King Institute of Preventive Medicine Micro-Biological Section reports 1909-11
Year: 1909
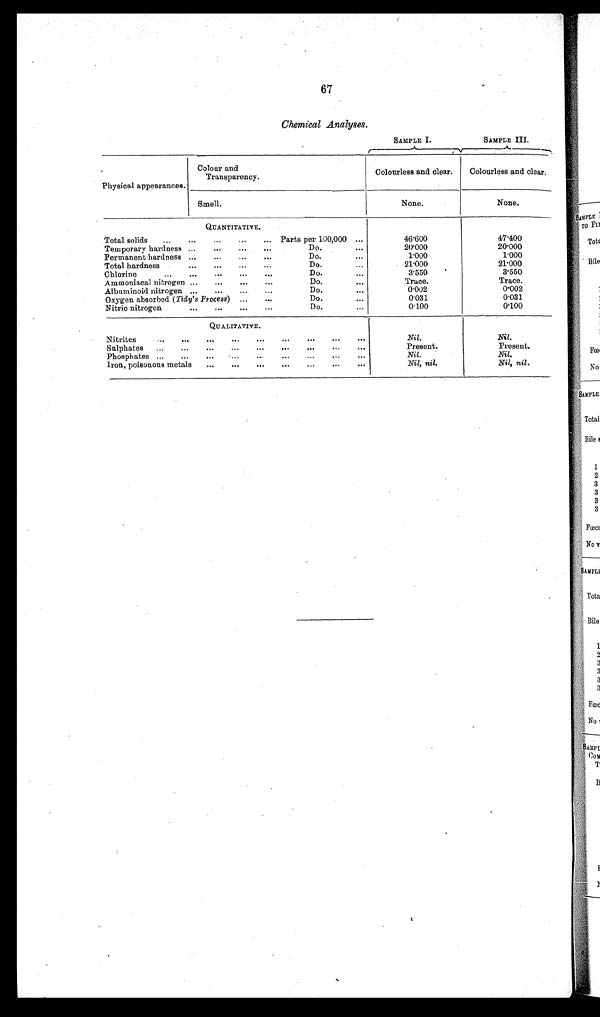
67
Chemical Analyses.
SAMPLE I.
SAMPLE III.
Physical appearances.
Colour and
Transparency.
Colourless and clear. Colourless and clear.
Smell.
None
None.
QUANTITATIVE.
Total solids ...
...
...
... ... Parts per 100,000 ...
46.600
47.400
Temporary hardness ...
...
... ...
Do.
...
20.000
20.000
Permanent hardness ... ...
...
...
Do.
...
1.000
1.000
Total hardness
... ... ... ...
Do.
...
21.000
21.000
Chlorine
... ... ... ... ...
Do.
...
3.550
3.550
Ammoniacal nitrogen ... ... ... ...
Do.
...
Trace.
Trace.
Albuminoid nitrogen ... ... ... ...
Do.
...
0.002
0.002
Oxygen absorbed ( Tidy's Process) ... ...
Do
...
0.031
0.031
Nitric nitrogen
... ... ... ...
Do....
0.100 0.100
QUALITATIVE.
Nitrites
... ... ... ... ... ... ... ... ...
Nil.
Nil.
Sulphates
... ... ... ... ... ... ... ...
Present.
Present.
Phosphates ...
... ... ... ... ... ... ...
Nil.
Nil.
Iron, poisonous metals ... ... ... ... ...
... ...
Nil, nil.
Nil, nil.